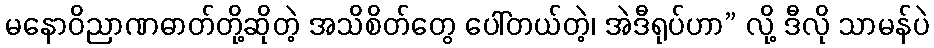
မနောဝိညာဏဓာတ်တို့ဆိုတဲ့ အသိစိတ်တွေ ပေါ်တယ်တဲ့၊ အဲဒီရုပ်ဟာ” လို့ ဒီလို သာမန်ပဲ